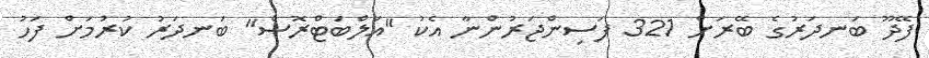
ފޭދޫ ބަނދަރުގެ ބޭރަށް 321 ފަސިންޖަރުންނާ އެކު "އަލްބަޓްރޮސް" ބަނދަރު ކުރުމަށް ފަހު